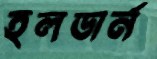
হলডার্ন